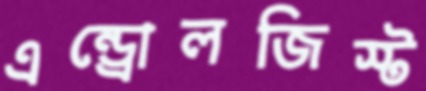
এন্ড্রোলজিস্ট